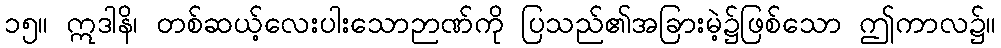
၁၅။ ဣဒါနိ၊ တစ်ဆယ့်လေးပါးသောဉာဏ်ကို ပြသည်၏အခြားမဲ့၌ဖြစ်သော ဤကာလ၌။